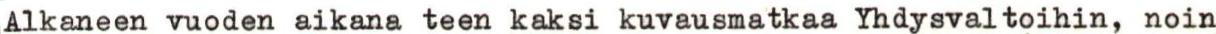
Alkaneen vuoden aikana teen kaksi kuvausmatkaa Yhdysvaltoihin, noin